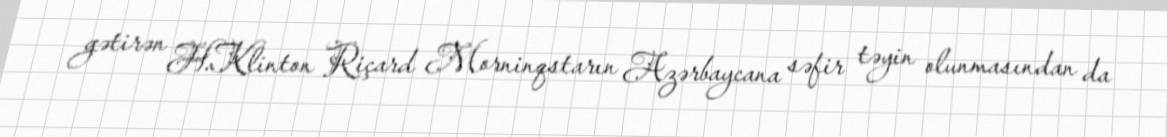
gətirən H.Klinton Riçard Morninqstarın Azərbaycana səfir təyin olunmasından da